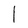
Character: 1